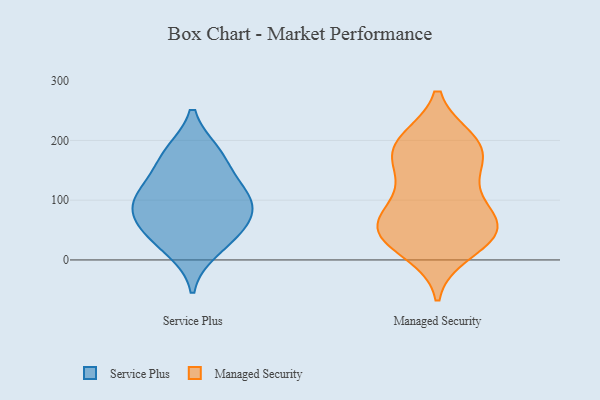
{"axis": {"x": "Inventory Turnover", "y": "Value"}, "legend": ["Managed Security", "Service Plus"], "data": [{"x": "", "y": 47, "type": "Service Plus"}, {"x": "", "y": 87, "type": "Service Plus"}, {"x": "", "y": 109, "type": "Service Plus"}, {"x": "", "y": 17, "type": "Service Plus"}, {"x": "", "y": 179, "type": "Service Plus"}, {"x": "", "y": 79, "type": "Service Plus"}, {"x": "", "y": 132, "type": "Service Plus"}, {"x": "", "y": 101, "type": "Service Plus"}, {"x": "", "y": 48, "type": "Service Plus"}, {"x": "", "y": 176, "type": "Service Plus"}, {"x": "", "y": 193, "type": "Managed Security"}, {"x": "", "y": 178, "type": "Managed Security"}, {"x": "", "y": 36, "type": "Managed Security"}, {"x": "", "y": 58, "type": "Managed Security"}, {"x": "", "y": 138, "type": "Managed Security"}, {"x": "", "y": 174, "type": "Managed Security"}, {"x": "", "y": 68, "type": "Managed Security"}, {"x": "", "y": 80, "type": "Managed Security"}, {"x": "", "y": 46, "type": "Managed Security"}, {"x": "", "y": 199, "type": "Managed Security"}, {"x": "", "y": 52, "type": "Managed Security"}, {"x": "", "y": 43, "type": "Managed Security"}, {"x": "", "y": 194, "type": "Managed Security"}, {"x": "", "y": 117, "type": "Managed Security"}, {"x": "", "y": 15, "type": "Managed Security"}]}